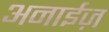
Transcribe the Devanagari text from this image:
अनाईज़